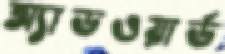
অ্যাডওয়ার্ড